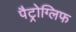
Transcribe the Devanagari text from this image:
पैट्रोग्लिफ